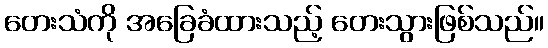
တေးသံကို အခြေခံထားသည့် တေးသွားဖြစ်သည်။